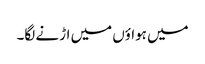
میں ہواؤں میں اڑنے لگا۔